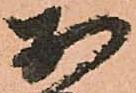
於